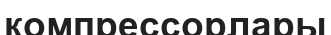
компрессорлары